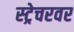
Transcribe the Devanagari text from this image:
स्ट्रेचरवर